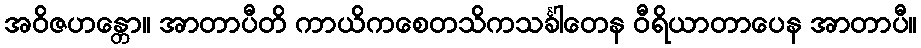
အဝိဇဟန္တော။ အာတာပီတိ ကာယိကစေတသိကသင်္ခါတေန ဝီရိယာတာပေန အာတာပီ။